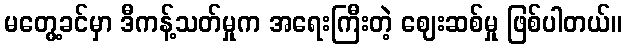
မတွေ့ခင်မှာ ဒီကန့်သတ်မှုက အရေးကြီးတဲ့ ဈေးဆစ်မှု ဖြစ်ပါတယ်။